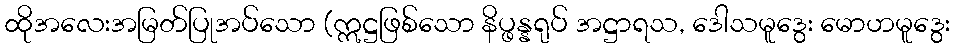
ထိုအလေးအမြတ်ပြုအပ်သော (ဣဋ္ဌဖြစ်သော နိပ္ဖန္နရုပ် အဋ္ဌာရသ, ဒေါသမူဒွေး မောဟမူဒွေး